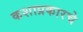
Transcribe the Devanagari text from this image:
कशाप्रकारचे